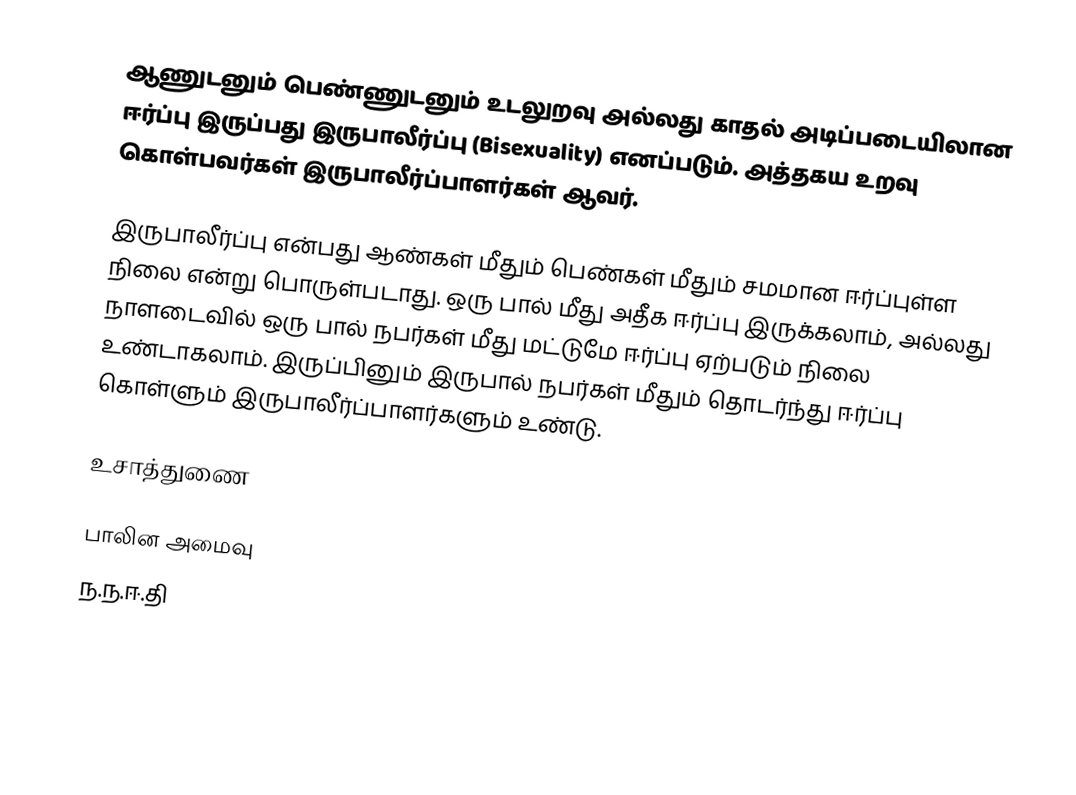
ஆணுடனும் பெண்ணுடனும் உடலுறவு அல்லது காதல் அடிப்படையிலான ஈர்ப்பு இருப்பது இருபாலீர்ப்பு (Bisexuality) எனப்படும். அத்தகய உறவு கொள்பவர்கள் இருபாலீர்ப்பாளர்கள் ஆவர்.

இருபாலீர்ப்பு என்பது ஆண்கள் மீதும் பெண்கள் மீதும் சமமான ஈர்ப்புள்ள நிலை என்று பொருள்படாது. ஒரு பால் மீது அதீக ஈர்ப்பு இருக்கலாம்,  அல்லது நாளடைவில் ஒரு பால் நபர்கள் மீது மட்டுமே ஈர்ப்பு ஏற்படும் நிலை உண்டாகலாம். இருப்பினும் இருபால் நபர்கள் மீதும் தொடர்ந்து ஈர்ப்பு கொள்ளும் இருபாலீர்ப்பாளர்களும் உண்டு.

உசாத்துணை

பாலின அமைவு
ந.ந.ஈ.தி